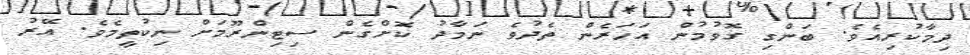
ދިމާކުރިއެވެ. ބަންގި ގޮވުމުން އަހަރެން ތެދުވެ ނަމާދު ކޮށްގެން ސިޓިންރޫމަށް ނިކުތީމެވެ. އޭރު